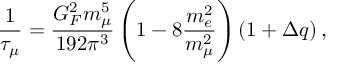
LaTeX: \frac { 1 } { \tau _ { \mu } } = \frac { G _ { F } ^ { 2 } m _ { \mu } ^ { 5 } } { 1 9 2 \pi ^ { 3 } } \left( 1 - 8 \frac { m _ { e } ^ { 2 } } { m _ { \mu } ^ { 2 } } \right) ( 1 + \Delta q ) \, ,